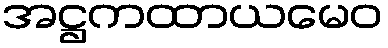
အဋ္ဌကထာယမေဝ